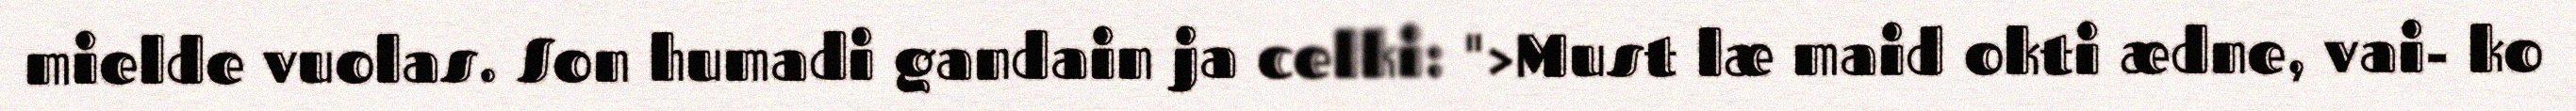
mielde vuolas. Son humadi gandain ja celki: ">Must læ maid okti ædne, vai- ko